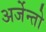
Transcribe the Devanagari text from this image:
अर्जेन्तो